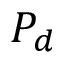
P _ { d }